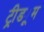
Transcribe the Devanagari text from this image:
ट्रीड्यूम